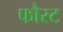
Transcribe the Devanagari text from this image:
फौस्ट